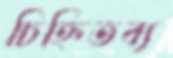
চিহ্নিতব্য